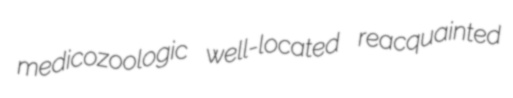
medicozoologic well-located reacquainted